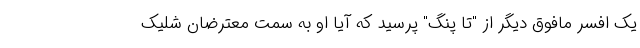
یک افسر مافوق دیگر از "تا پنگ" پرسید که آیا او به سمت معترضان شلیک